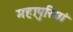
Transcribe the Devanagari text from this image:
महापुरियां